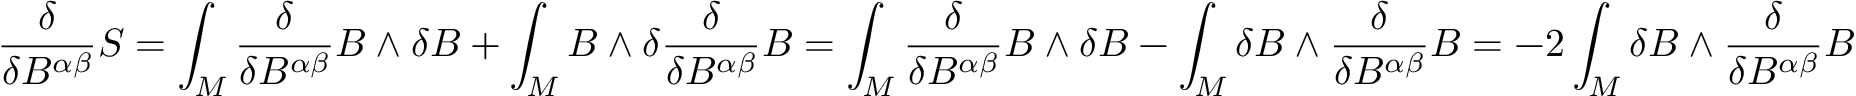
{ \frac { \delta } { \delta B ^ { \alpha \beta } } } S = \int _ { M } { \frac { \delta } { \delta B ^ { \alpha \beta } } } B \wedge \delta B + \int _ { M } B \wedge \delta { \frac { \delta } { \delta B ^ { \alpha \beta } } } B = \int _ { M } { \frac { \delta } { \delta B ^ { \alpha \beta } } } B \wedge \delta B - \int _ { M } \delta B \wedge { \frac { \delta } { \delta B ^ { \alpha \beta } } } B = - 2 \int _ { M } \delta B \wedge { \frac { \delta } { \delta B ^ { \alpha \beta } } } B